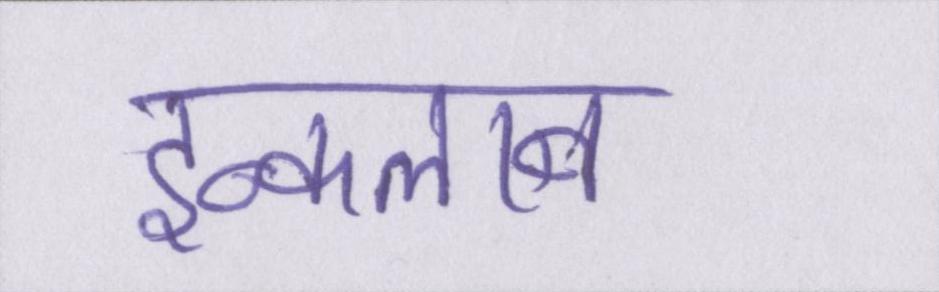
इन्कलाब